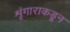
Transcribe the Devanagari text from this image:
शृंगाराकडून